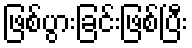
ဖြစ်ပွားခြင်းဖြစ်ပြီး